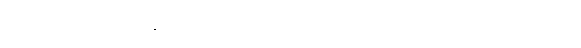
ဒီသတင်းကတော့ အကောင့် ပိုင်ရှင်မှ ထုတ်ဖော်ပြောကြားခဲ့တာလည်း ဖြစ်ပါတယ်။